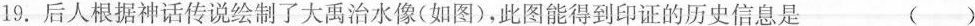
19.后人根据神话传说绘制了大禹治水像(如图)，此图能得到印证的历史信息是 ()